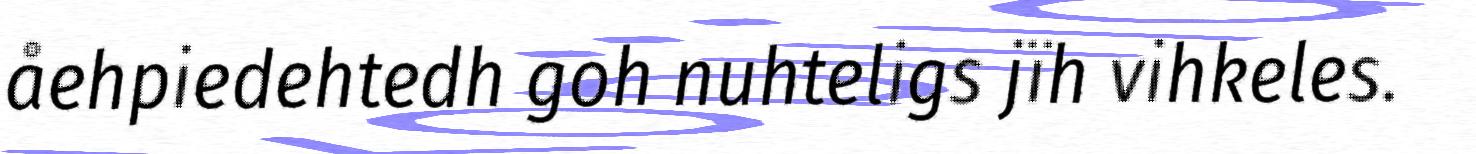
åehpiedehtedh goh nuhteligs jïh vihkeles.